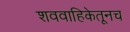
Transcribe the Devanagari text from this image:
शववाहिकेतूनच